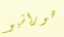
هوراشيو